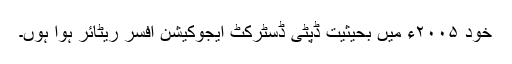
خود ۲۰۰۵ء میں بحیثیت ڈپٹی ڈسٹرکٹ ایجوکیشن افسر ریٹائر ہوا ہوں۔